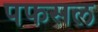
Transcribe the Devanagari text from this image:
पफसल